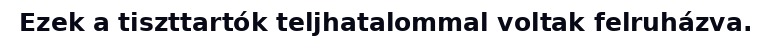
Ezek a tiszttartók teljhatalommal voltak felruházva.